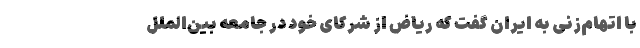
با اتهام‌زنی به ایران گفت که ریاض از شرکای خود در جامعه بین‌الملل